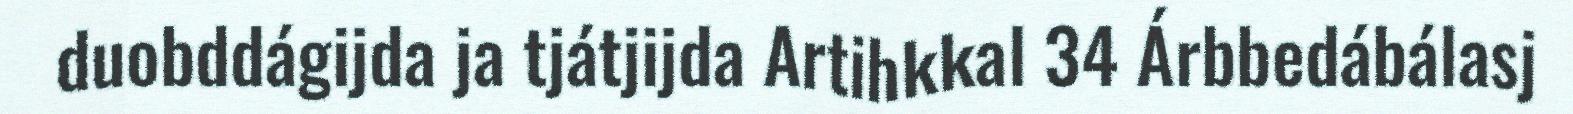
duobddágijda ja tjátjijda Artihkkal 34 Árbbedábálasj